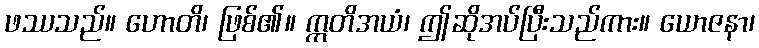
ဖဿသည်။ ဟောတိ၊ ဖြစ်၏။ ဣတိအယံ၊ ဤဆိုအပ်ပြီးသည်ကား။ ယောဇနာ၊